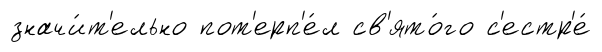
значи́т'ельно пот'ерп'е́л св'ято́го с'естр'е́